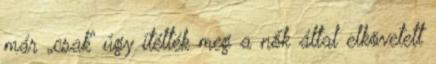
már „csak” úgy ítélték meg a nők által elkövetett